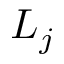
L _ { j }